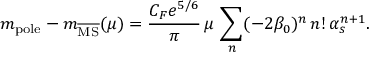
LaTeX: m _ { \mathrm { p o l e } } - m _ { \overline { { \mathrm { M S } } } } ( \mu ) = \frac { C _ { F } e ^ { 5 / 6 } } { \pi } \, \mu \, \sum _ { n } ( - 2 \beta _ { 0 } ) ^ { n } \, n ! \, \alpha _ { s } ^ { n + 1 } .